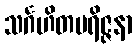
သင်္ဂဟိတပရိဇ္ဇနာ